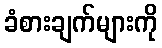
ခံစားချက်များကို